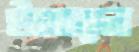
ইসতারুল